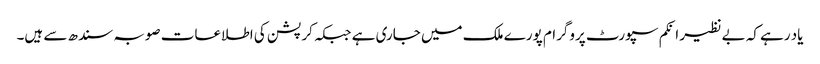
یاد رہے کہ بے نظیر انکم سپورٹ پروگرام پورے ملک میں جاری ہے جبکہ کرپشن کی اطلاعات صوبہ سندھ سے ہیں۔